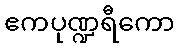
ဧကပုဏ္ဍရီကော